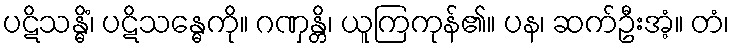
ပဋိသန္ဓိံ၊ ပဋိသန္ဓေကို။ ဂဏှန္တိ၊ ယူကြကုန်၏။ ပန၊ ဆက်ဦးအံ့။ တံ၊